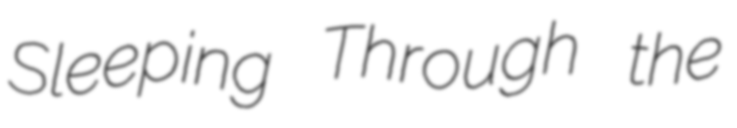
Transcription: Sleeping Through the